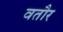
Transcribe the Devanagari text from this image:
वतौर